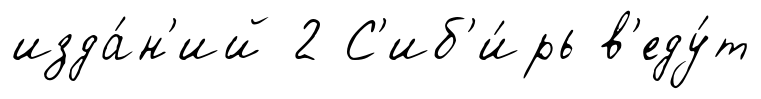
изда́н'ий 2 С'иб'и́рь в'еду́т